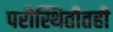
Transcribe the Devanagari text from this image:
परीस्थितीतही